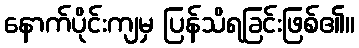
နောက်ပိုင်းကျမှ ပြန်သိရခြင်းဖြစ်၏။